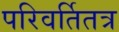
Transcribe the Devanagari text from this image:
परिवर्तितत्र